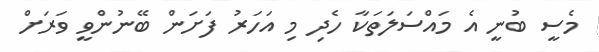
މެސީ ބުނީ އެ މައްސަލަތަކާ ހެދި މި އަހަރު ފަށަން ބޭނުންވީ ވަރަށް